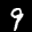
Label: 9